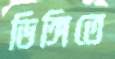
ডিঙ্গিতে